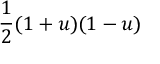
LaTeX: { \frac { 1 } { 2 } } ( 1 + u ) ( 1 - u )